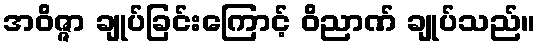
အဝိဇ္ဇာ ချုပ်ခြင်းကြောင့် ဝိညာဏ် ချုပ်သည်။